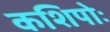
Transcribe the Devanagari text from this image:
कशिपोः